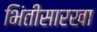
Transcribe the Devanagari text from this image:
भिंतीसारखा